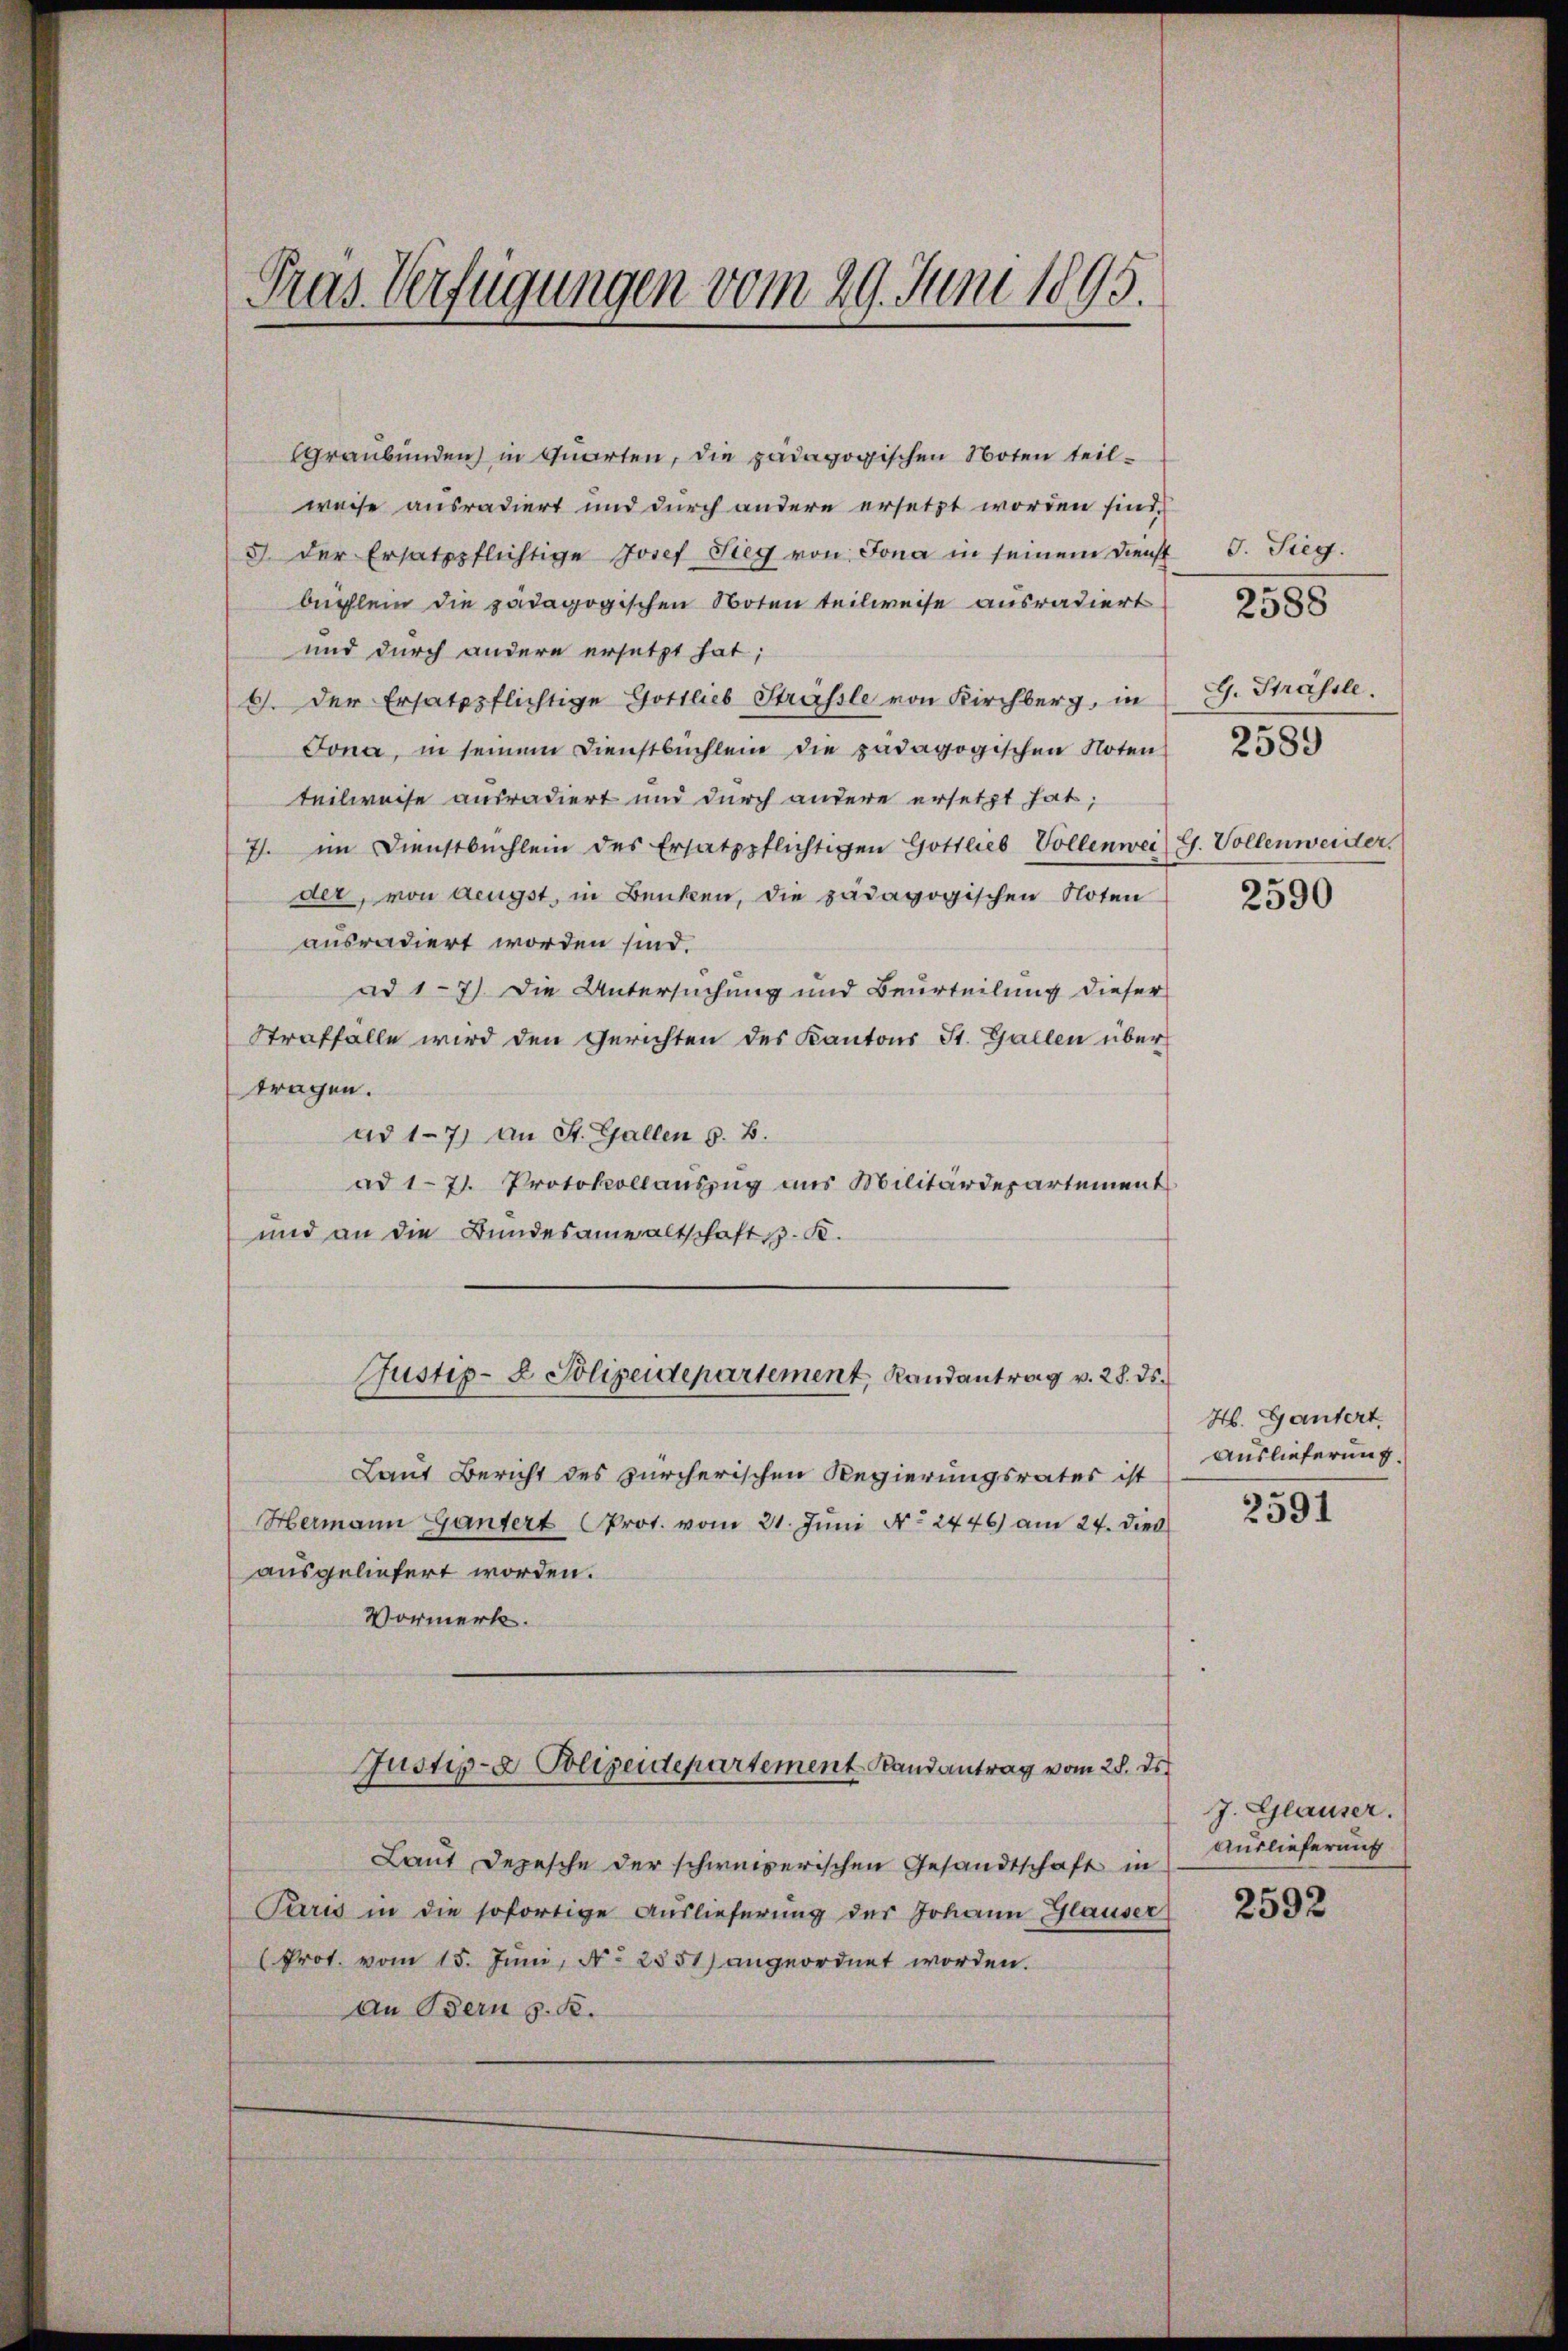
Pras Verfügungen vom 29. Juni 1895.

Graubünden) in Quarten, die pädagogischen Noten teil-
weise ausradiert und durch andere ersetzt worden sind,
5 der Ersatzpflichtige Josef Sieg von Jona in seinem Dienst
büchlein die pädagogischen Noten teilweise ausradiert
und durch andere ersetzt hat;
6. Der Ersatzpflichtige Gottlieb Strassle von Kirchberg, in
Jona, in seinem Dienstbuchlein die pädagogischen Noten
teilweise ausradiert und durch andere ersetzt hat;
7. im Dienstbuchlein des Ersatzpflichtigen Gottlieb Vollenwei
der, von Aeugst, in Benken, die pädagogischen Noten
ausradiert worden sind.
ad 17) Die Untersuchung und Beurteilung dieser
Straffalle wird den Gerichten des Kantons St. Gallen über
tragen.
ad 17) an St. Gallen z. B.
ad 17. Protokollauszug aus Militärdepartement
und an die Bundesanwaltschaft z. K.
Justiz- & Polizeidepartement, Randantrag v. 28. ds.
Laut Bericht des zürcherischen Regierungsrates ist
Hermann Gantert Prot. vom 21. Jŭni N. 2446) am 24. Dieb
ausgeliefert worden.
Vormerk.
Justiz- & Polizeidepartement Landantrag vom 28. ds.
Laut Depesche der schweizerischen Gesandtschaft in
Paris in die sofortige Auslieferung der Johann Glauser
Prot. vom 15. Juni, No 2851) angeordnet worden.
an Bern z. B.

J. Sieg.
G. Strassle.

2588

2589

G. Vollenweider.

2590

H. Gantert
Auslieferung.

2591

J. Glauser.
Auslieferung

2592